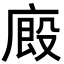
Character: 廄